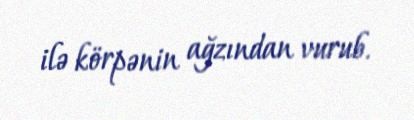
ilə körpənin ağzından vurub.